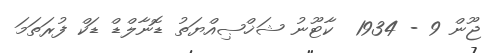
ޖޫން 9 - 1934  ކާޓޫނު ޝަޚްޞިއްޔަތު ޑޮނާލްޑް ޑަކް ފުރަތަމަ